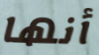
أنها